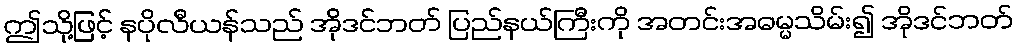
ဤသို့ဖြင့် နပိုလီယန်သည် အိုဒင်ဘတ် ပြည်နယ်ကြီးကို အတင်းအဓမ္မသိမ်း၍ အိုဒင်ဘတ်